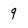
Character: 9